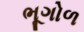
ભૂગોળ